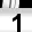
Digit: 1